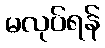
မလုပ်ရန်